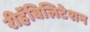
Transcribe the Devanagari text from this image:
रीहॅबिलिटेशन